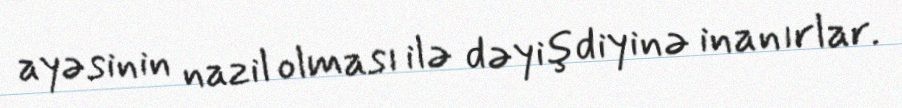
ayəsinin nazil olması ilə dəyişdiyinə inanırlar.